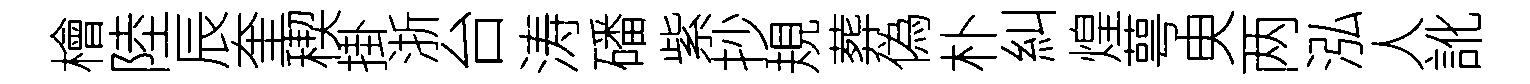
檜陸辰奎稧掛浙台涛磻紫抄規葬偽朴糾煌萼㬰两泓人訛